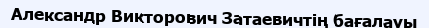
Александр Викторович Затаевичтің бағалауы